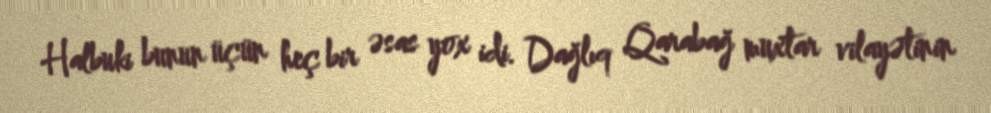
Halbuki bunun üçün heç bir əsas yox idi. Dağlıq Qarabağ muxtar vilayətinin